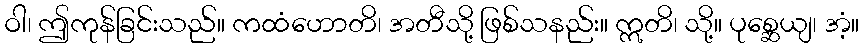
ဝါ၊ ဤကုန်ခြင်းသည်။ ကထံဟောတိ၊ အတီသို့ ဖြစ်သနည်း။ ဣတိ၊ သို့။ ပုစ္ဆေယျ၊ အံ့။